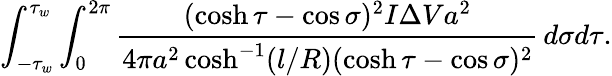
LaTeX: \int_{-\tau_{w}}^{\tau_{w}}\int_{0}^{2\pi}\frac{(\cosh\tau-\cos\sigma)^{2}I\Delta Va^{2}}{4\pi a^{2}\cosh^{-1}(l/R)(\cosh\tau-\cos\sigma)^{2}}\, d\sigma d\tau.